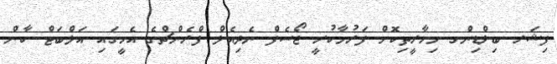
ފިޝަރ ބިލްޑިންގ މިހާރީތިކޮށް ފަރުމާކުރީ ޖޯސެފް ނެދިއެލް ފްރެންޗްގެ އެހީގައި އަލްބަޓް ކާން